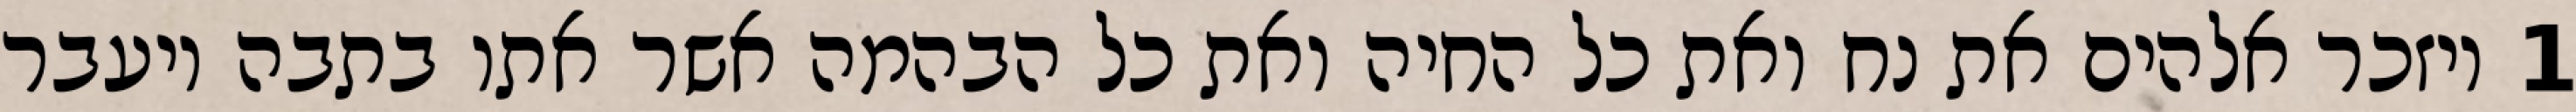
1 ויזכר אלהים את נח ואת כל החיה ואת כל הבהמה אשר אתו בתבה ויעבר